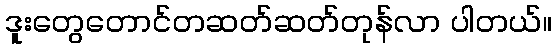
ဒူးတွေတောင်တဆတ်ဆတ်တုန်လာ ပါတယ်။